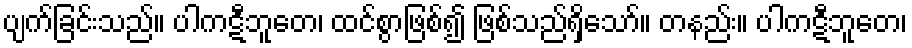
ပျက်ခြင်းသည်။ ပါကဋီဘူတေ၊ ထင်စွာဖြစ်၍ ဖြစ်သည်ရှိသော်။ တနည်း။ ပါကဋီဘူတေ၊